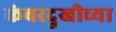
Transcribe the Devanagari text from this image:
कंबरदुखीच्या